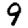
Digit: 9